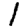
Digit: 1